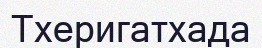
Тхеригатхада